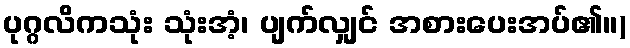
ပုဂ္ဂလိကသုံး သုံးအံ့၊ ပျက်လျှင် အစားပေးအပ်၏။)